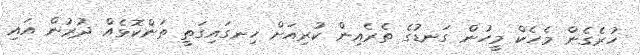
ހުރެގެން މެހެކް މީހުން ގަނޑުގެ ތެރެއިން ކުރިއަށް ހިނގައިގަތީ ތަންކޮޅެއް ދުރުން އައި